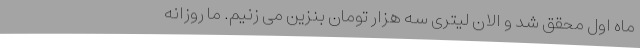
ماه اول محقق شد و الان لیتری سه هزار تومان بنزین می زنیم. ما روزانه